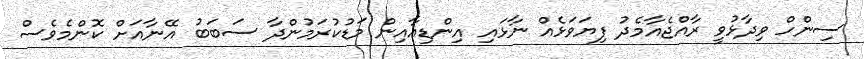
ސިންހް ވިދާޅުވީ ރާއްޖެއާމެދު ފިޔަވަޅެއް ނާޅައި އިންޑިއާއިން މަޑުކުރަމުންދާ ސަބަބު އޭނާއަށް ކޮންމެވެސް